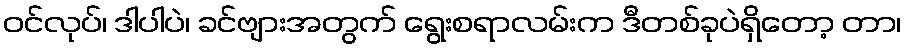
ဝင်လုပ်၊ ဒါပါပဲ၊ ခင်ဗျားအတွက် ရွေးစရာလမ်းက ဒီတစ်ခုပဲရှိတော့ တာ၊